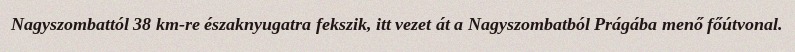
Nagyszombattól 38 km-re északnyugatra fekszik, itt vezet át a Nagyszombatból Prágába menő főútvonal.